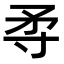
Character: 𡬢